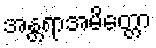
အန္တရာအမိတ္တော